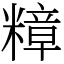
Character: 𮵽